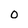
Character: 0